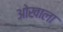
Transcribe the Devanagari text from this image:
ओखाला